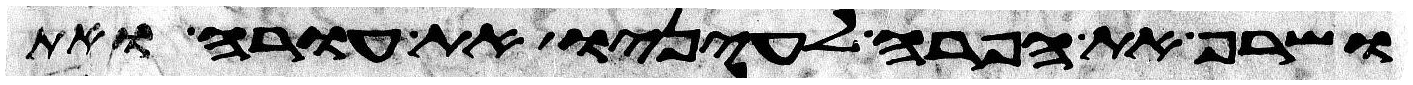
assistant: ושרף את הפרה לעיניו את עורה ואת